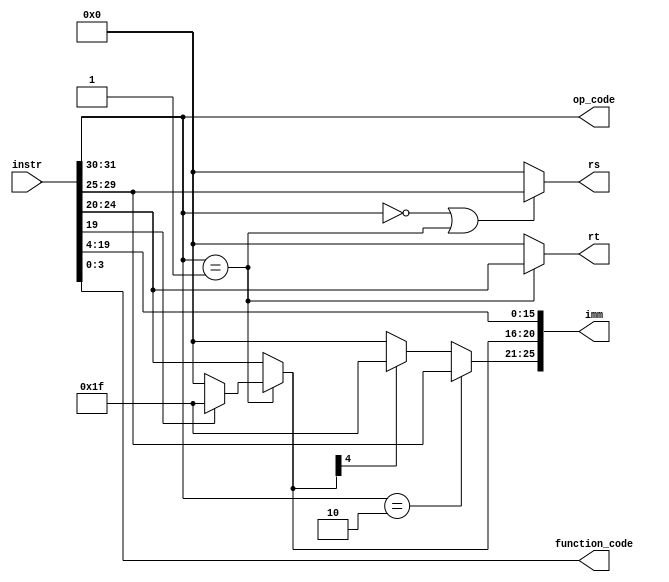
`timescale 1ns / 1ps
//////////////////////////////////////////////////////////////////////////////////
// Company: 
// Engineer: 
// 
// Design Name: 
// Module Name:    DECODER 
// Project Name: 
// Target Devices: 
// Tool versions: 
// Description: 
//
// Dependencies: 
//
// Revision: 
// Revision 0.01 - File Created
// Additional Comments: 
//
//////////////////////////////////////////////////////////////////////////////////
module DECODER(
	input[31:0] instr,
	output [4:0]rs,
	output [4:0]rt,
	output [25:0]imm,
	output [3:0] function_code,
	output [1:0] op_code
	);

wire[25:0] temp;

assign op_code = instr[31:30];
assign rs = (op_code == 2'b00 || op_code == 2'b01) ? instr[29:25] : 5'b00000;
assign rt  = (op_code == 2'b01) ? instr[24:20] : 5'b00000;
assign function_code = instr[3:0];
assign temp = instr[29:4];

assign imm[15:0] = temp[15:0];
assign imm[20:16] = (op_code == 2'b01) ? (imm[15]==0 ? 5'b00000 : 5'b11111 ) : temp[20:16] ;
assign imm[25:21] = (op_code == 2'b10) ? temp[25:21] : (imm[20]==0 ? 5'b00000 : 5'b11111); 

endmodule